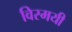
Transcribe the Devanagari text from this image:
विस्मयी